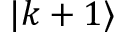
| k + 1 \rangle